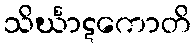
သိင်္ဃာဋကောတိ